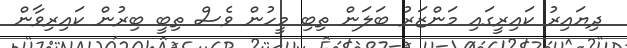
ދިޔައިރު ކައިރީގައި މަންޒަރު ބަލަން ތިބި މީހުން ވެސް ތިބީ ބިރުން ކައިރިވާން